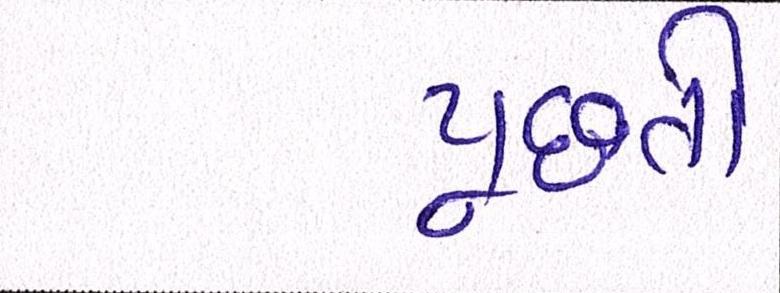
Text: પૂછતી